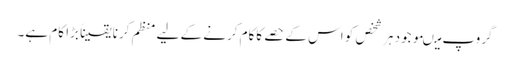
گروپ میںموجود ہر شخص کو اس کے حصے کاکام کرنے کے لیے منظم کرنا یقیناً بڑا کام ہے۔